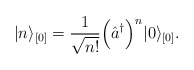
\begin{align*}\vert n \rangle_{[0]} = \frac{1}{\sqrt{n!}}\Bigl(\hat{a}^{\dagger} \Bigr)^n \vert 0 \rangle_{[0]}.\end{align*}